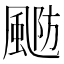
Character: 𱃂